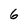
Character: 6